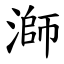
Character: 溮